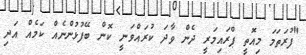
"ފުރަތަމަ މިއޮތީ ޕްރައިމަރީ ދެން ވާދަ ކުރައްވަނީ ކޮން ބޭފުޅުންނެއް ކަމެއް އަދި